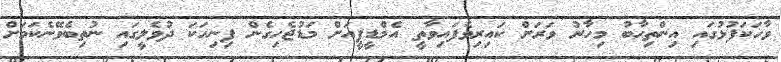
ވާހަކަފުޅުގައި އިންތިޙާބު މިހާރު ވަރަށް ކައިރިވެފައިވާތީ އެމްޑީޕީއަށް މަޑުޖެހިގެން ފިނިހަކަ ދުވެލީގައި ނުތިބެވޭނެކަމަށް